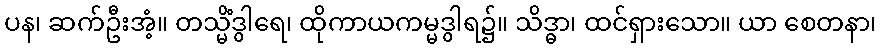
ပန၊ ဆက်ဦးအံ့။ တသ္မိံဒွါရေ၊ ထိုကာယကမ္မဒွါရ၌။ သိဒ္ဓာ၊ ထင်ရှားသော။ ယာ စေတနာ၊